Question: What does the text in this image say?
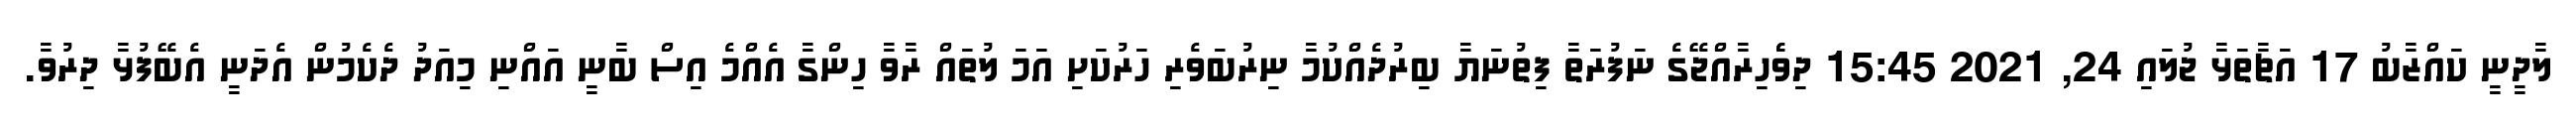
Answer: ލާދީނީ ކައްޒާބު 17 އަޗާތަޅާ ޖުލައި 24, 2021 15:45 ދިވެެހިރާއްޖޭގެ ނަފުރަތާ ފިތުނަޔާ ބިރުދެއްކުމާ ނިރުބަވެރި ހަރުކަށި އަމަ ލުތައް ރާވާ ހިންގާ އެއްމެ އިސް ބާނީ އައްނި މިއަދު ދެކެމުން އެދަނީ އެބޭފުޅާ ދިރުވާ.